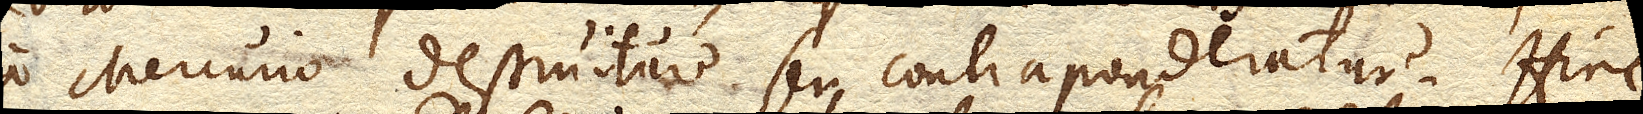
a Mercurio destruitur seu contraponderatur. Hinc